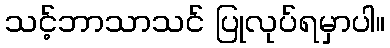
သင့်ဘာသာသင် ပြုလုပ်ရမှာပါ။